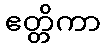
ဧတ္တိကာ